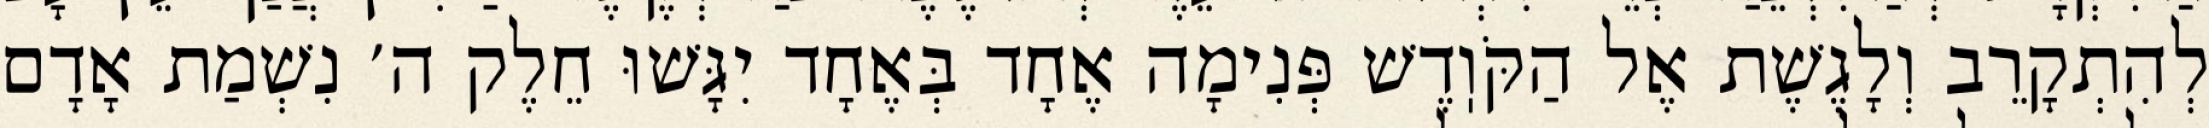
לְהִתְקָרֵב וְלָגֶשֶׁת אֶל הַקֹּוֽדֶשׁ פְּנִימָה אֶחָד בְּאֶחָד יִגָּשׁוּ חֵלֶק ה׳ נִשְׁמַת אָדָם